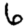
Digit: 6